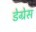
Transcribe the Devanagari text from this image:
डेग्रेस